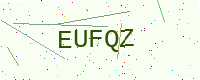
Text: EUFQZ